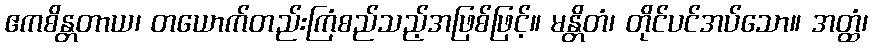
ဧကစိန္တတာယ၊ တယောက်တည်းကြံစည်သည့်အဖြစ်ဖြင့်။ မန္တိတံ၊ တိုင်ပင်အပ်သော။ အတ္ထံ၊